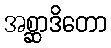
အစ္ဆာဒိတော